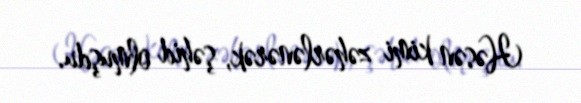
Həsən kimi zəhərlənərək, şəhid olmuşdu.